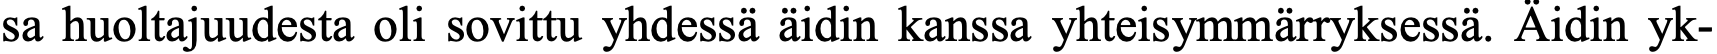
sa huoltajuudesta oli sovittu yhdessä äidin kanssa yhteisymmärryksessä. Äidin yk-